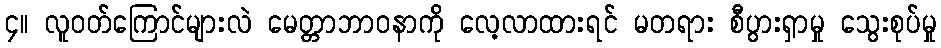
၄။ လူဝတ်ကြောင်များလဲ မေတ္တာဘာဝနာကို လေ့လာထားရင် မတရား စီပွားရှာမှု သွေးစုပ်မှု